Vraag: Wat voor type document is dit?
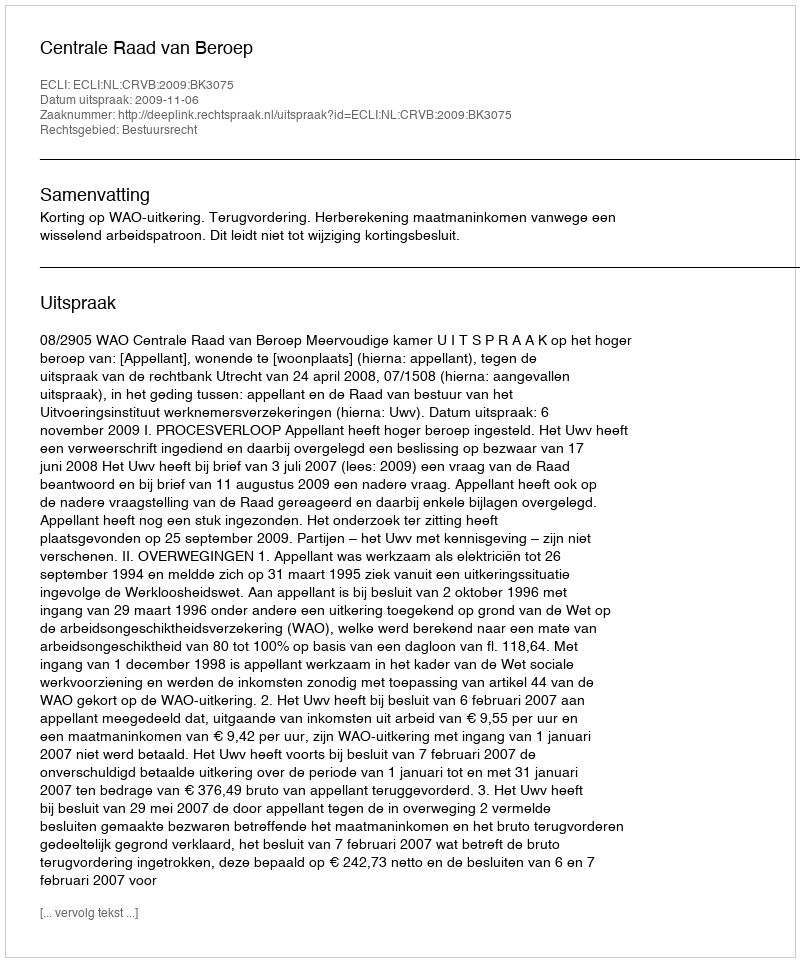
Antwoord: Uitspraak